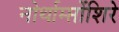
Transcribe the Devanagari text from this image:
नोर्थाम्प्तोंशिरे